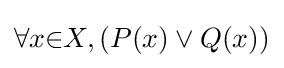
\forall {x}{\in }X,(P(x)\lor Q(x))